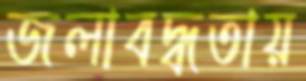
জলাবদ্ধতায়